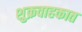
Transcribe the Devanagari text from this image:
शुक्रवाहकात